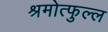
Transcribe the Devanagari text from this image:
श्रमोत्फुल्ल